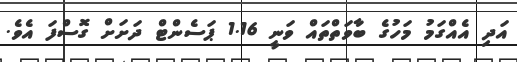
އަދި އެއްގަމު މަހުގެ ބާވަތްތައް ވަނީ 1.16 ޕަސެންޓް ދަށަށް ގޮސްފަ އެވެ.